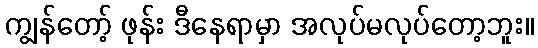
ကျွန်တော့် ဖုန်း ဒီနေရာမှာ အလုပ်မလုပ်တော့ဘူး။